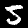
Label: 5